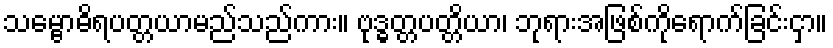
သမ္ဗောဓိရပတ္တယာမည်သည်ကား။ ဗုဒ္ဓတ္တပတ္တိယာ၊ ဘုရားအဖြစ်ကိုရောက်ခြင်းငှာ။